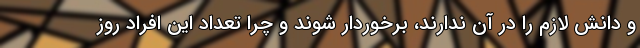
و دانش لازم را در آن ندارند، برخوردار شوند و چرا تعداد این افراد روز